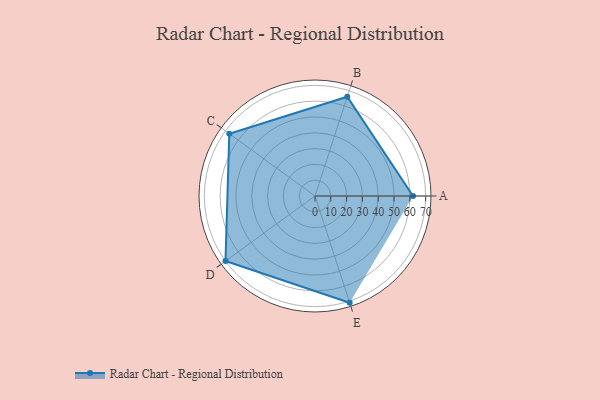
{"axis": {"x": "Skill", "y": "Score"}, "legend": ["Profile"], "data": [{"x": "A", "y": 62.0, "type": "Profile"}, {"x": "B", "y": 66.0, "type": "Profile"}, {"x": "C", "y": 67.0, "type": "Profile"}, {"x": "D", "y": 70.0, "type": "Profile"}, {"x": "E", "y": 71.0, "type": "Profile"}]}